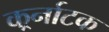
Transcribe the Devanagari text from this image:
कर्र्नाटक